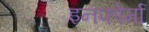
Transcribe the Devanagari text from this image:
इनफोर्मा